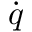
\dot { \boldsymbol { q } }